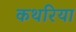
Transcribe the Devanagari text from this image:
कथरिया